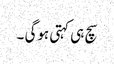
سچ ہی کہتی ہوگی ۔